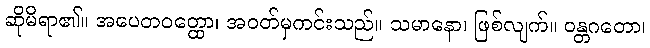
ဆိုမိရာ၏။ အပေတဝတ္ထော၊ အဝတ်မှကင်းသည်။ သမာနော၊ ဖြစ်လျက်။ ဝန္တဂတော၊